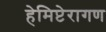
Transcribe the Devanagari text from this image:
हेमिप्टेरागण